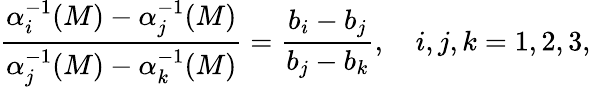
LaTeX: \frac{\alpha_{i}^{-1}(M)-\alpha_{j}^{-1}(M)}{\alpha_{j}^{-1}(M)-\alpha_{k}^{-1}(M)}=\frac{b_{i}-b_{j}}{b_{j}-b_{k}},~~~~i,j,k=1,2,3,